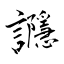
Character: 讔